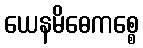
ယေနမိဓေကစ္စေ